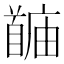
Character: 𬳙